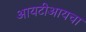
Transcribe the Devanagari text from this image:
आयटीआयचा